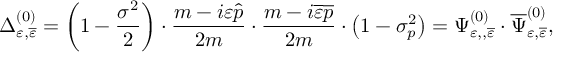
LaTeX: \Delta _ { \varepsilon , \overline { { { \varepsilon } } } } ^ { ( 0 ) } = \left( 1 - \frac { \sigma ^ { 2 } } 2 \right) \cdot \frac { m - i \varepsilon \widehat { p } } { 2 m } \cdot \frac { m - i \overline { { { \varepsilon } } } \overline { { { p } } } } { 2 m } \cdot \left( 1 - \sigma _ { p } ^ { 2 } \right) = \Psi _ { \varepsilon , , \overline { { { \varepsilon } } } } ^ { ( 0 ) } \cdot \overline { { { \Psi } } } _ { \varepsilon , \overline { { { \varepsilon } } } } ^ { ( 0 ) } ,